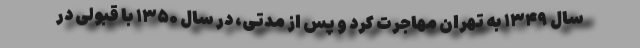
سال ۱۳۴۹ به تهران مهاجرت کرد و پس از مدتی، در سال ۱۳۵۰ با قبولی در